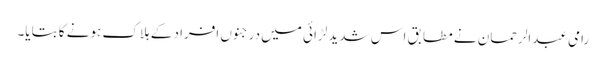
رامی عبدالرحمان نے مطابق اس شدید لڑائی میں درجنوں افراد کے ہلاک ہونے کا بتایا۔